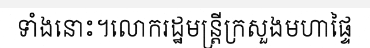
ទាំងនោះ។លោករដ្ឋមន្ត្រីក្រសួងមហាផ្ទៃ